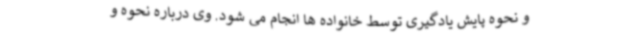
و نحوه پایش یادگیری توسط خانواده ها انجام می شود. وی درباره نحوه و